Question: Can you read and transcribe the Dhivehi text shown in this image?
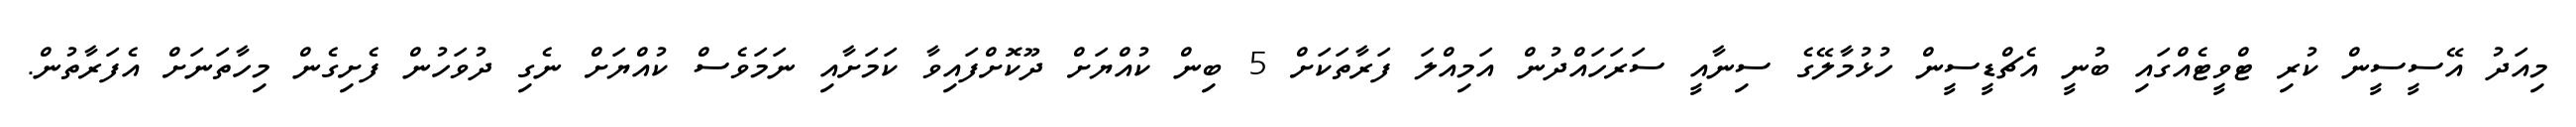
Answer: މިއަދު އޭސީސީން ކުރި ޓްވީޓެއްގައި ބުނީ އެޗްޑީސީން ހުޅުމާލޭގެ ސިނާއީ ސަރަހައްދުން އަމިއްލަ ފަރާތަކަށް 5 ބިން ކުއްޔަށް ދޫކޮށްފައިވާ ކަމަށާއި ނަމަވެސް ކުއްޔަށް ނެގި ދުވަހުން ފެށިގެން މިހާތަނަށް އެފަރާތުން.